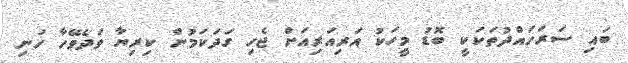
ބައި ސަރަހައްދުތަކަކީ ބޮޑު މީހަކު އަރިއަރިއަށް ޖެހި ގަދަކަމުން ކިރިޔާ ވަދެވޭހާ ހަނި